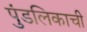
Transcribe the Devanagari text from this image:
पुंडलिकाची